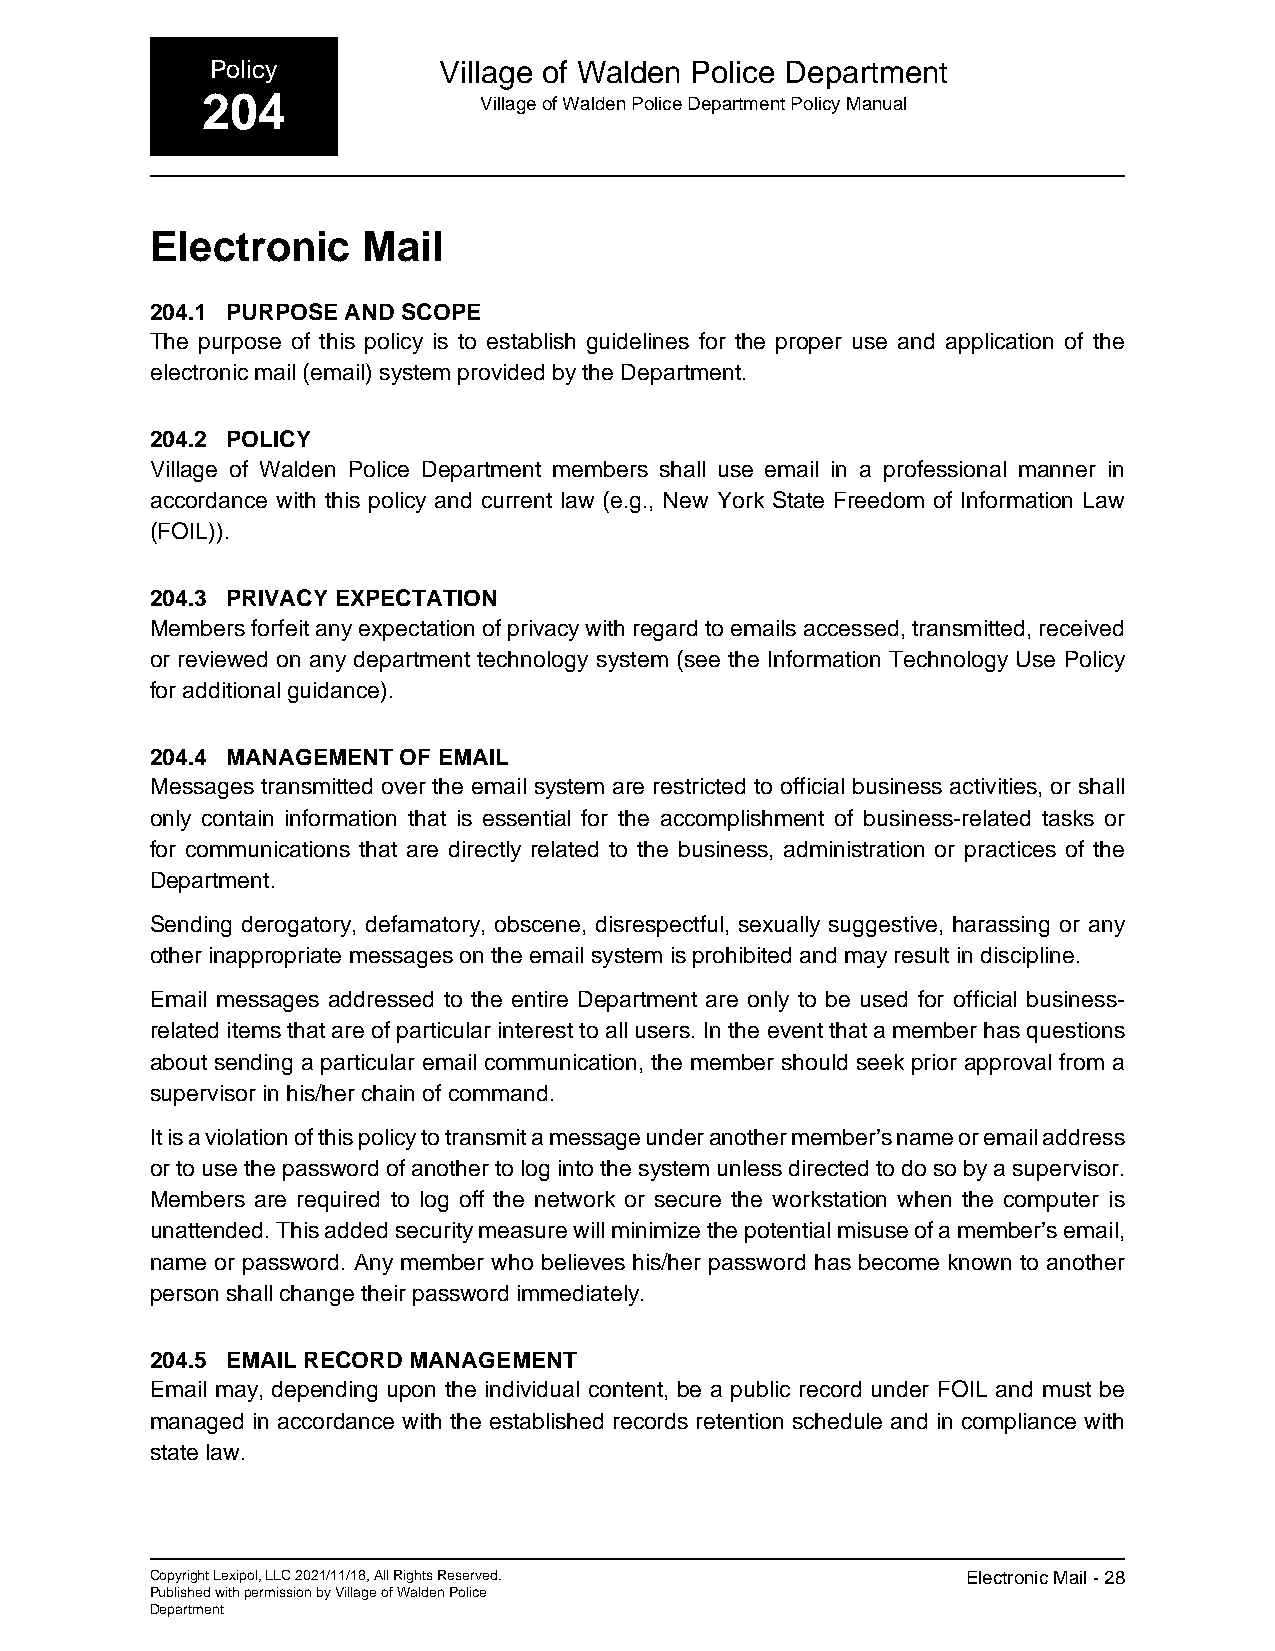
Policy         Village of Walden Police Department
 204                Village of Walden Police Department Policy Manual
 Electronic    Mail
 204.1 PURPOSE AND SCOPE
 The purpose of this policy is to establish guidelines for the proper use and application of the
 electronic mail (email) system provided by the Department.
 204.2 POLICY
 Village of Walden Police Department members shall use email in a professional manner in
 accordance with this policy and current law (e.g., New York State Freedom of Information Law
 (FOIL)).
 204.3 PRIVACY EXPECTATION
 Members forfeit any expectation of privacy with regard to emails accessed, transmitted, received
 or reviewed on any department technology system (see the Information Technology Use Policy
 for additional guidance).
 204.4 MANAGEMENT OF EMAIL
 Messages transmitted over the email system are restricted to official business activities, or shall
 only contain information that is essential for the accomplishment of business-related tasks or
 for communications that are directly related to the business, administration or practices of the
 Department.
 Sending derogatory, defamatory, obscene, disrespectful, sexually suggestive, harassing or any
 other inappropriate messages on the email system is prohibited and may result in discipline.
 Email messages addressed to the entire Department are only to be used for official business-
 related items that are of particular interest to all users. In the event that a member has questions
 about sending a particular email communication, the member should seek prior approval from a
 supervisor in his/her chain of command.
 It is a violation of this policy to transmit a message under another member’s name or email address
 or to use the password of another to log into the system unless directed to do so by a supervisor.
 Members are required to log off the network or secure the workstation when the computer is
 unattended. This added security measure will minimize the potential misuse of a member’s email,
 name or password. Any member who believes his/her password has become known to another
 person shall change their password immediately.
 204.5 EMAIL RECORD MANAGEMENT
 Email may, depending upon the individual content, be a public record under FOIL and must be
 managed in accordance with the established records retention schedule and in compliance with
 state law.
 Copyright Lexipol, LLC 2021/11/18, All Rights Reserved. Electronic Mail - 28
 Published with permission by Village of Walden Police
 Department